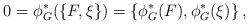
LaTeX: \begin{align*}0=\phi_G^*(\{F,\xi\})=\{\phi_G^*(F),\phi_G^*(\xi)\}\,,\end{align*}